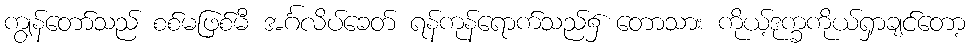
ကျွန်တော်သည် စစ်မဖြစ်မီ အင်္ဂလိပ်ခေတ် ရန်ကုန်ရောက်သည်၌ တောသား ကိုယ့်ဒုက္ခကိုယ်ရှာချင်တော့